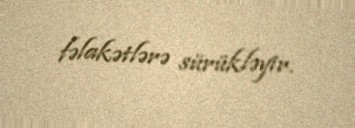
fəlakətlərə sürükləyir.